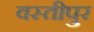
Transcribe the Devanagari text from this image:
वस्तीपुर